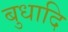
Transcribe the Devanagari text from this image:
बुधादि